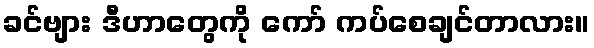
ခင်ဗျား ဒီဟာတွေကို ကော် ကပ်စေချင်တာလား။